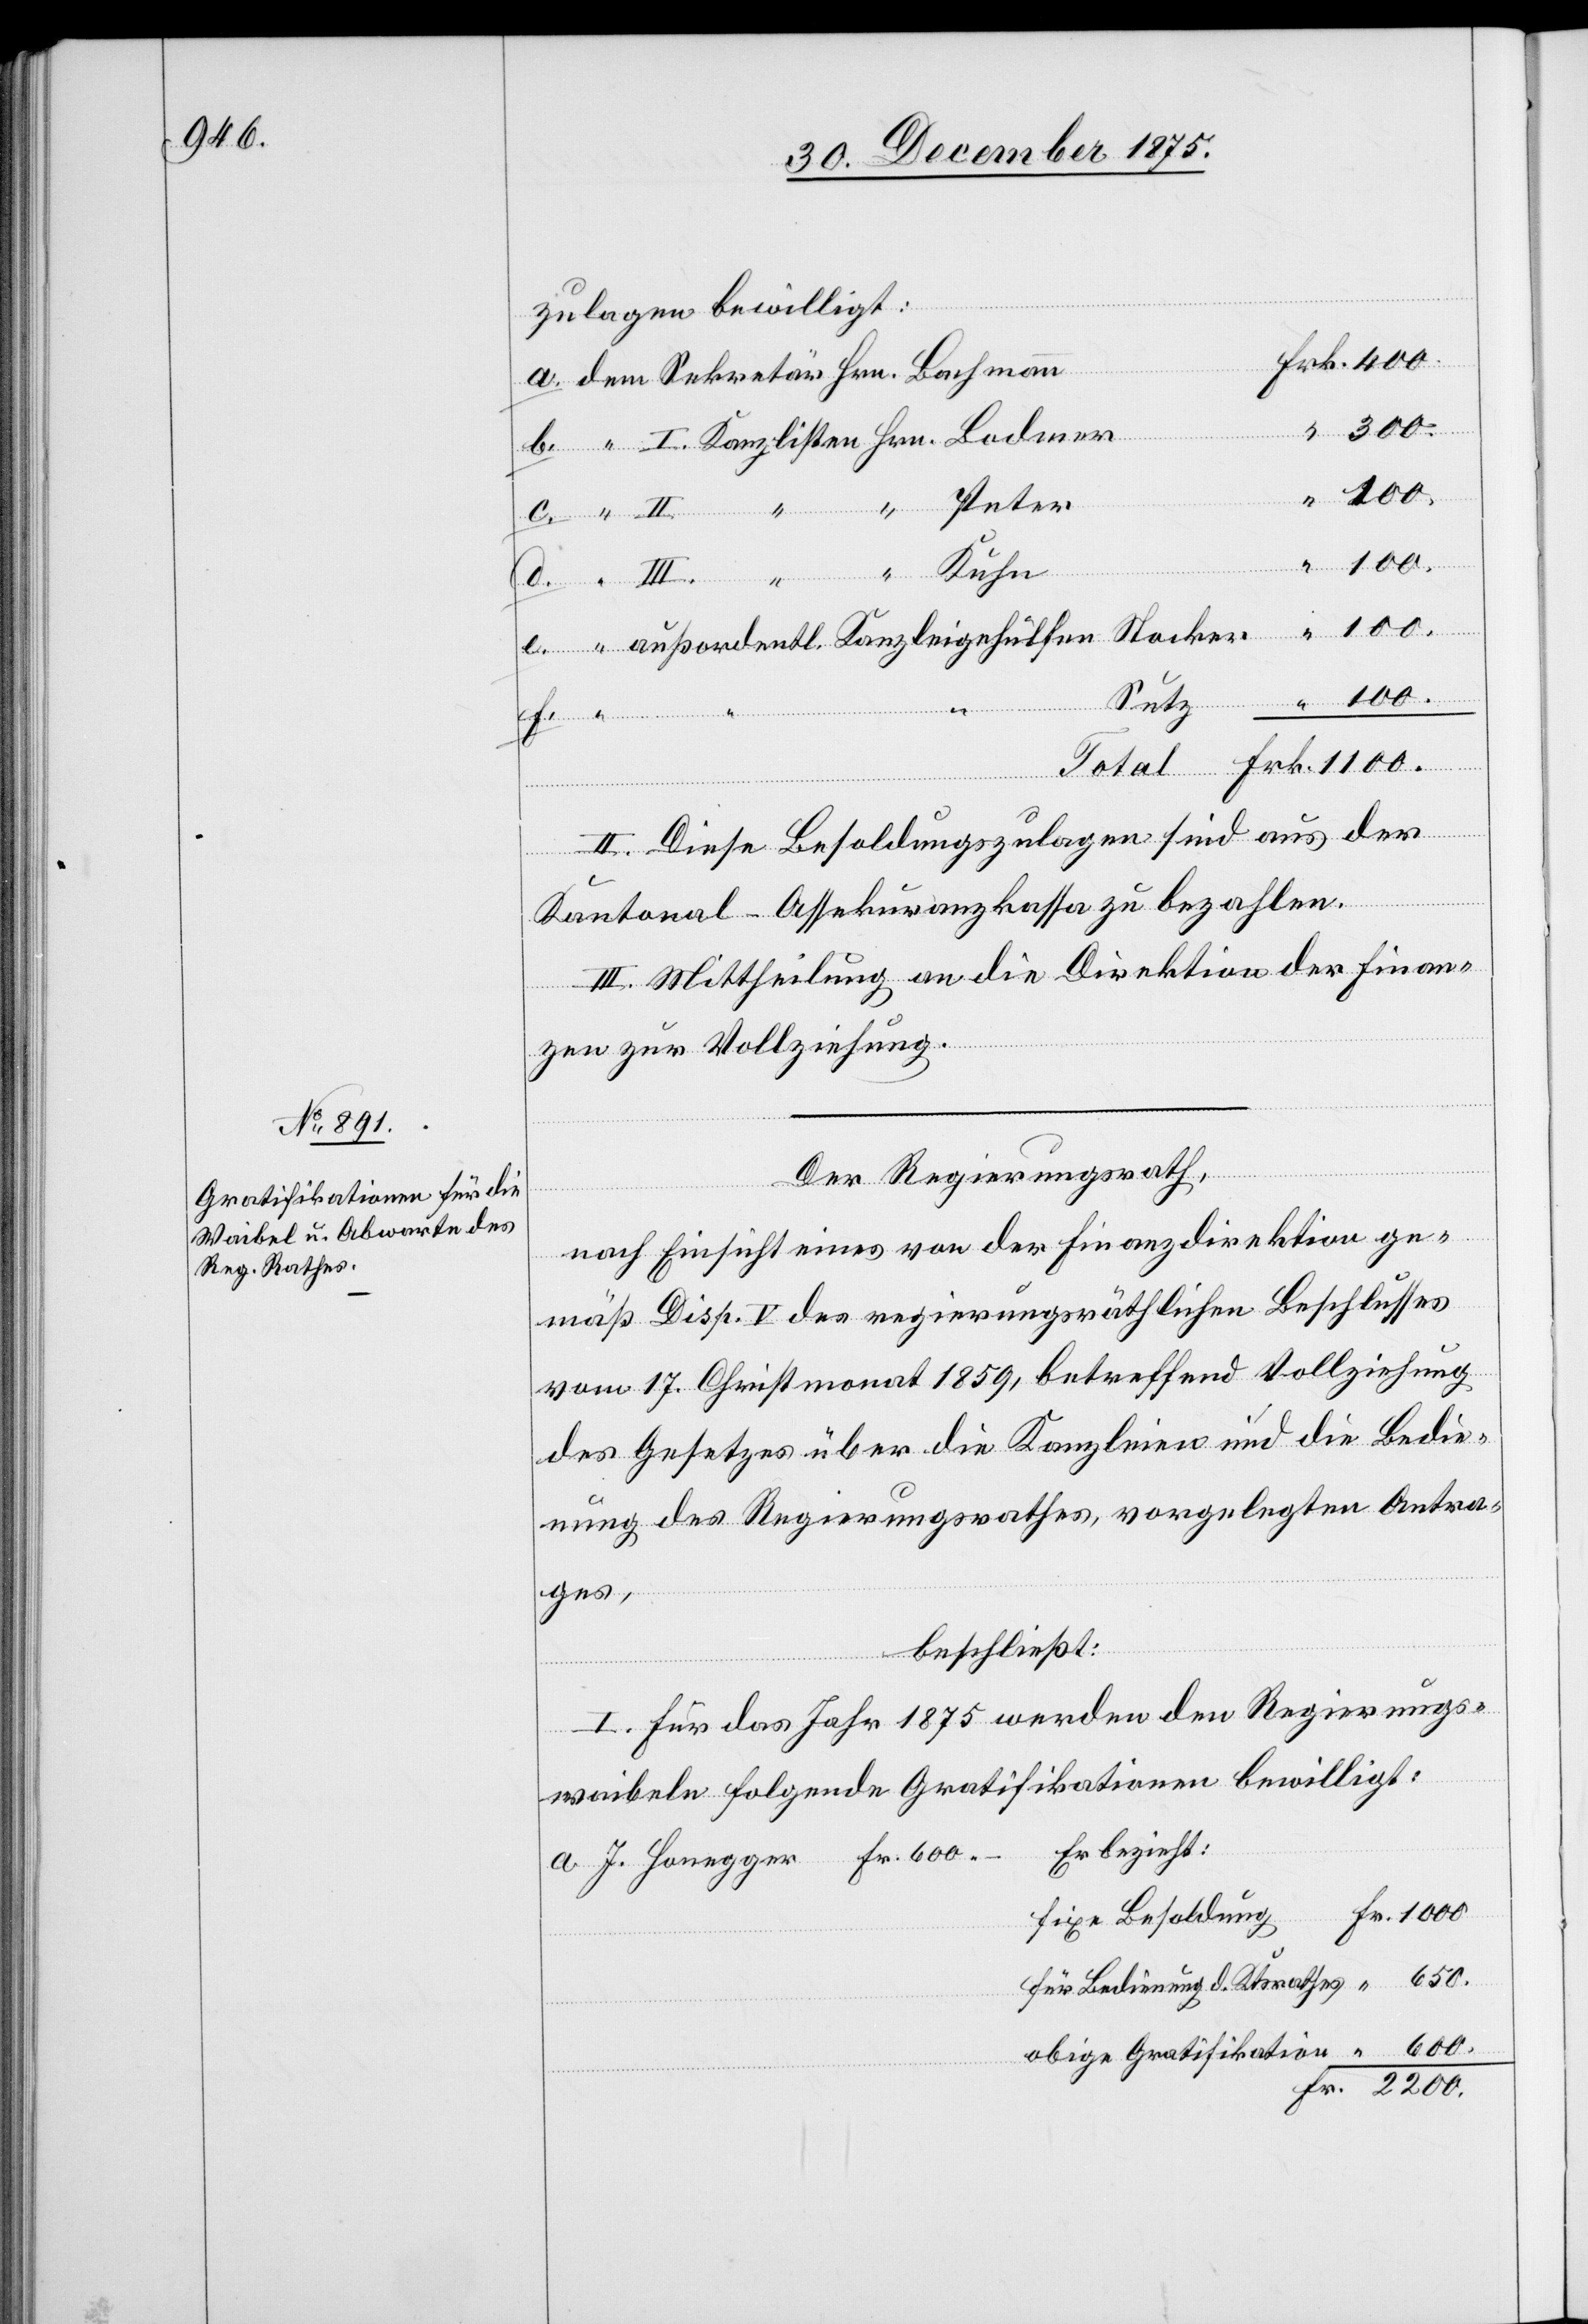
600.

zulagen bewilligt:
e.
2200.
Peter
für
1100.
Sutz
obige
Fr.
J.Honeg¬
II. Diese Besoldungszulagen sind aus der
Kantonal-Assekuranzkassa zu bezahlen.
III. Mittheilung an die Direktion der Finanz¬
Der Regierungsrath,
Fr.
nach Einsicht eines von der Finanzdirektion ge¬
mäß Disp. V des regierungsräthlichen Beschlusses
vom 17. Christmonat 1859, betreffend Vollziehung
des Gesetzes über die Kanzleien und die Bedie¬
nung des Regierungsrathes, vorgelegten Antra¬
ges,
beschließt:
I. Für das Jahr 1875 werden den Regierungs¬
waibeln folgende Gratifikationen bewilligt:
Er bezieht:
“
die Besoldung
für Bedienung d. Ktsrathes